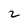
Character: 2